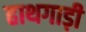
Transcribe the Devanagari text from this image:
हाथगाड़ी